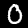
Label: 0